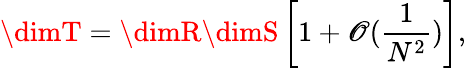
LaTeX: \dimT=\dimR\dimS\left[1+\mathscr{O}({\frac{{1}}{{N^{2}}}})\right],